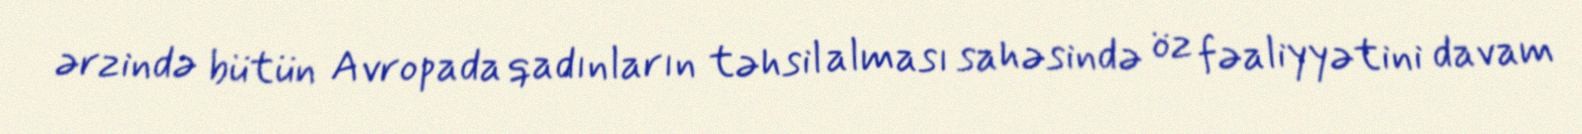
ərzində bütün Avropada qadınların təhsil alması sahəsində öz fəaliyyətini davam